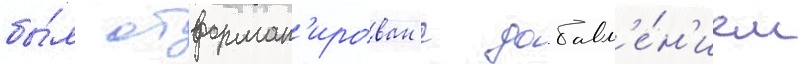
бы́л отформат'ирован с добавл'е́н'ием